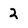
Character: 2